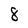
Character: 8